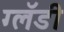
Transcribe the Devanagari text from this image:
ग्लॅडी